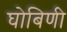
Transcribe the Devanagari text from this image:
घोबिणी